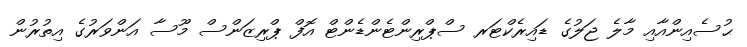
ޙުސެއިންއާއި މާލެ ޖަލުގެ ޑައިރެކްޓަރ ސްޕްރިންޓެންޑެންޓް އޮފް ޕްރިޒަންސް މޫސާ އަންވަރުގެ އިތުރުން